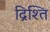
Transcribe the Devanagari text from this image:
द्रिश्ति